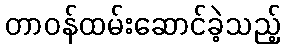
တာဝန်ထမ်းဆောင်ခဲ့သည့်